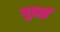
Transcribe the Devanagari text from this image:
गुदाई